Vaccination in Bombay 1869-1873 - 1869-1873
Year: 1869
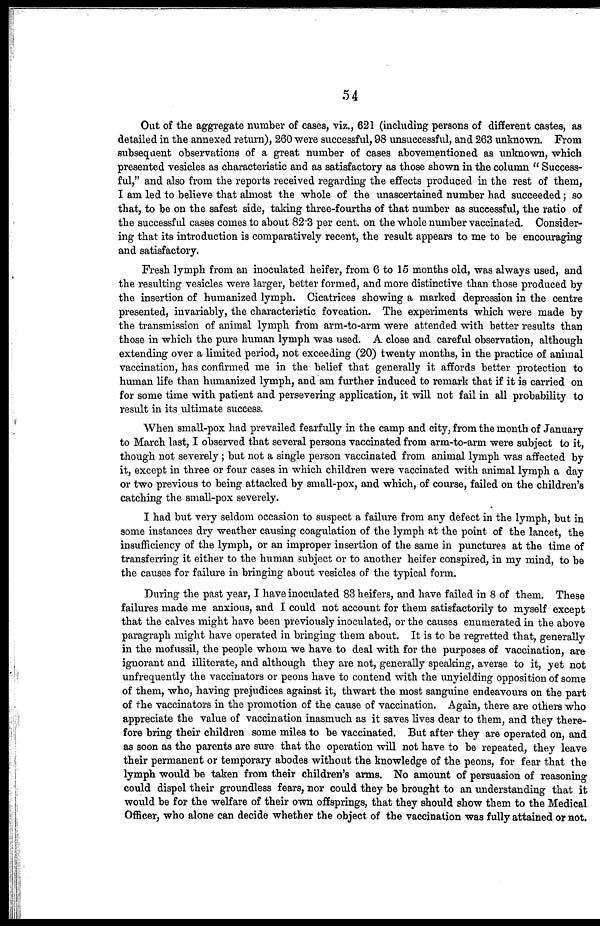
54
Out of the aggregate number of cases, viz., 621 (including persons of different castes, as
detailed in the annexed return), 260 were successful, 98 unsuccessful, and 263 unknown. From
subsequent observations of a great number of cases abovementioned as unknown, which
presented vesicles as characteristic and as satisfactory as those shown in the column " Success-
ful," and also from the reports received regarding the effects produced in the rest of them,
I am led to believe that almost the whole of the unascertained number had succeeded; so
that, to be on the safest side, taking three-fourths of that number as successful, the ratio of
the successful cases comes to about 82.3 per cent. on the whole number vaccinated. Consider-
ing that its introduction is comparatively recent, the result appears to me to be encouraging
and satisfactory.
Fresh lymph from an inoculated heifer, from 6 to 15 months old, was always used, and
the resulting vesicles were larger, better formed, and more distinctive than those produced by
the insertion of humanized lymph. Cicatrices showing a marked depression in the centre
presented, invariably, the characteristic foveation. The experiments which were made by
the transmission of animal lymph from arm-to-arm were attended with better results than
those in which the pure human lymph was used. A close and careful observation, although
extending over a limited period, not exceeding (20) twenty months, in the practice of animal
vaccination, has confirmed me in the belief that generally it affords better protection to
human life than humanized lymph, and am further induced to remark that if it is carried on
for some time with patient and persevering application, it will not fail in all probability to
result in its ultimate success.
When small-pox had prevailed fearfully in the camp and city, from the month of January
to March last, I observed that several persons vaccinated from arm-to-arm were subject to it,
though not severely ; but not a single person vaccinated from animal lymph was affected by
it, except in three or four cases in which children were vaccinated with animal lymph a day
or two previous to being attacked by small-pox, and which, of course, failed on the children's
catching the small-pox severely.
I had but very seldom occasion to suspect a failure from any defect in the lymph, but in
some instances dry weather causing coagulation of the lymph at the point of the lancet, the
insufficiency of the lymph, or an improper insertion of the same in punctures at the time of
transferring it either to the human subject or to another heifer conspired, in my mind, to be
the causes for failure in bringing about vesicles of the typical form.
During the past year, I have inoculated 83 heifers, and have failed in 8 of them. These
failures made me anxious, and I could not account for them satisfactorily to myself except
that the calves might have been previously inoculated, or the causes enumerated in the above
paragraph might have operated in bringing them about. It is to be regretted that, generally
in the mofussil, the people whom we have to deal with for the purposes of vaccination, are
ignorant and illiterate, and although they are not, generally speaking, averse to it, yet not
unfrequently the vaccinators or peons have to contend with the unyielding opposition of some
of them, who, having prejudices against it, thwart the most sanguine endeavours on the part
of the vaccinators in the promotion of the cause of vaccination. Again, there are others who
appreciate the value of vaccination inasmuch as it saves lives dear to them, and they there-
fore bring their children some miles to be vaccinated. But after they are operated on, and
as soon as the parents are sure that the operation will not have to be repeated, they leave
their permanent or temporary abodes without the knowledge of the peons, for fear that the
lymph would be taken from their children's arms. No amount of persuasion of reasoning
could dispel their groundless fears, nor could they be brought to an understanding that it
would be for the welfare of their own offsprings, that they should show them to the Medical
Officer, who alone can decide whether the object of the vaccination was fully attained or not.